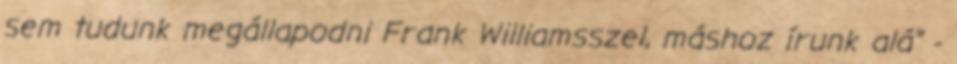
sem tudunk megállapodni Frank Williamsszel, máshoz írunk alá" -